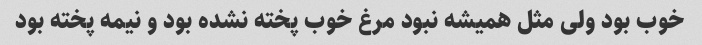
خوب بود ولی مثل همیشه نبود مرغ خوب پخته نشده بود و نیمه پخته بود